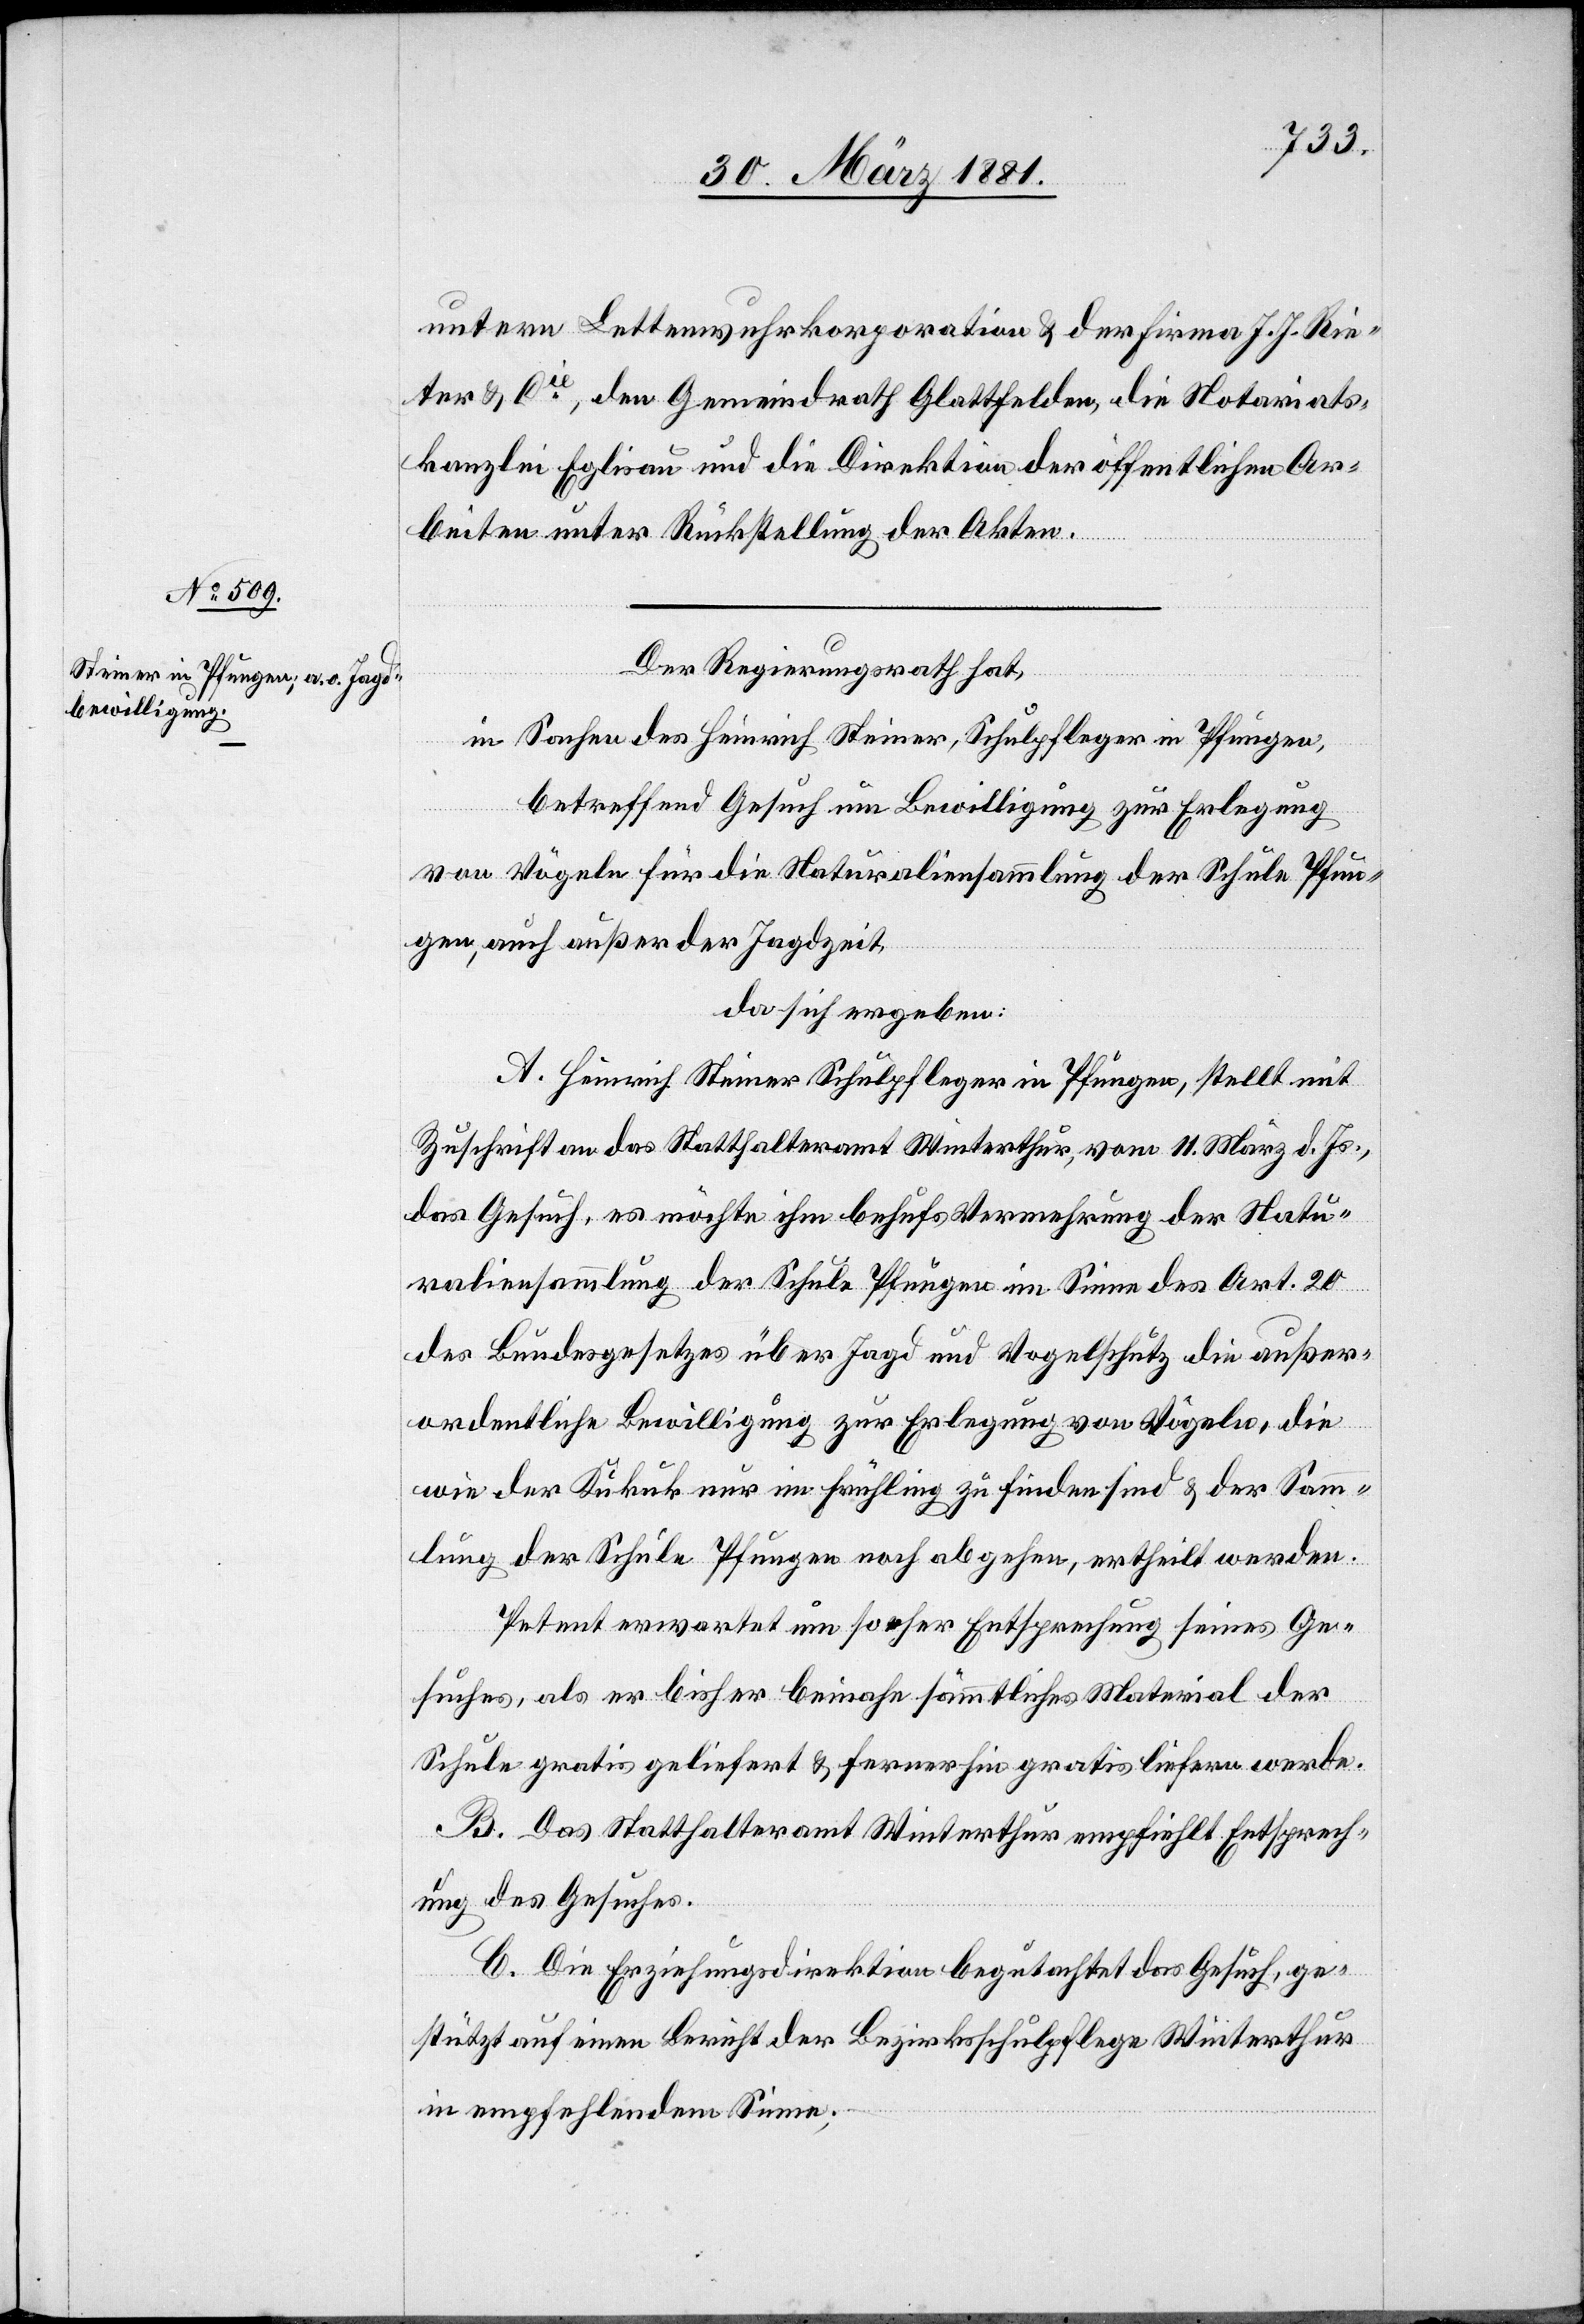
untern Lettenwuhrkorporation & der Firma J. J. Rie¬
ter & Cie, den Gemeindrath Glattfelden, die Notariats¬
kanzlei Eglisau und die Direktion der öffentlichen Ar¬
beiten unter Rückstellung der Akten.
Der Regierungsrath hat,
in Sachen des Heinrich Steiner, Schulpfleger in Pfungen,
betreffend Gesuch um Bewilligung zur Erlegung
von Vögeln für die Naturaliensammlung der Schule in Pfun¬
gen, auch außer der Jagdzeit,
da sich ergeben:
A. Heinrich Steiner Schulpfleger in Pfungen, stellt mit
Zuschrift an das Statthalteramt Winterthur, vom 11. März d. Js.,
das Gesuch, es möchte ihm behufs Vermehrung der Natu¬
raliensammlung der Schule Pfungen im Sinne des Art. 20
des Bundesgesetzes über Jagd und Vogelschutz die außer¬
ordentliche Bewilligung zur Erlegung von Vögeln, die
wie der Kukuk nur im Frühling zu finden sind & der Samm¬
lung der Schule in Pfungen noch abgehen, ertheilt werden.
Petent erwartet um so eher Entsprechung seines Ge¬
suches, als er bisher beinahe sämmtliches Material der
Schule gratis geliefert & fernerhin gratis liefern werde.
B. Das Statthalteramt Winterthur empfiehlt Entsprech¬
ung des Gesuches.
C. Die Erziehungsdirektion begutachtet das Gesuch, ge¬
stützt auf einen Bericht der Bezirksschulpflege Winterthur
in empfehlendem Sinne;